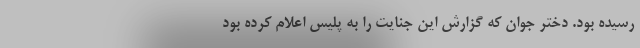
رسیده بود. دختر جوان که گزارش این جنایت را به پلیس اعلام کرده بود